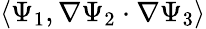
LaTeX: \langle\Psi_{1},\nabla\Psi_{2}\cdot\nabla\Psi_{3}\rangle